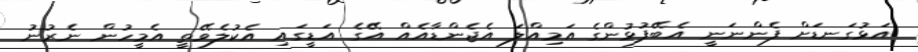
އަޅުގަނޑަށް ފެންނަނީ އެބޭފުޅުންގެ އަމިއްލަ އެޖެންޑާއެއް އޭގެ އަޑީގައި އެކުލެވޭތީ އެމީހުން ނެރުނު